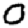
Digit: 0